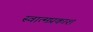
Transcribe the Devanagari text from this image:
स्वात्मप्रकाश